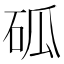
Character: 𥑔